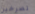
تصرخين